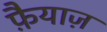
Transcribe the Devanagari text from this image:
फ़ैयाज़